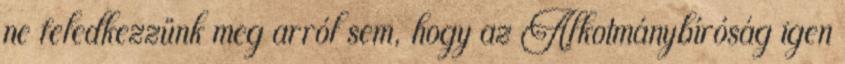
ne feledkezzünk meg arról sem, hogy az Alkotmánybíróság igen